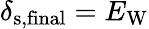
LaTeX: \delta_{\mathrm{s,final}}=E_{\mathrm{W}}